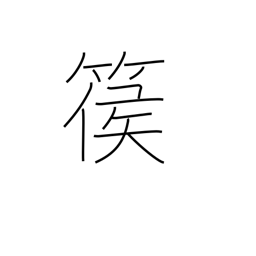
Meaning: type of harp